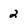
Character: 2